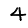
Digit: 4